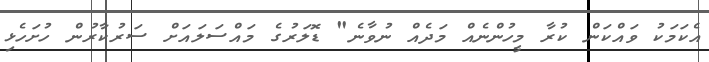
އެކަމަކު ވައްކަން ކުރާ މީހުންނެއް މަދެއް ނުވާނެ" ޑޮލަރުގެ މައްސަލައަށް ސަރުކާރުން ހުށަހެޅި